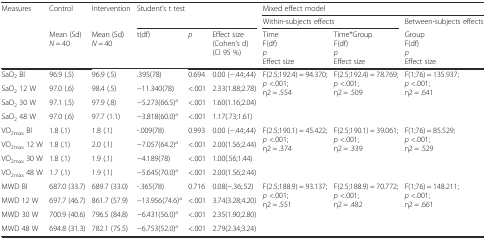
<table><thead><tr><td rowspan="3"><b>Measures</b></td><td rowspan="2"><b>Control</b></td><td rowspan="2"><b>Intervention</b></td><td rowspan="2" colspan="3"><b>Student’s t test</b></td><td colspan="3"><b>Mixed effect model</b></td></tr><tr><td colspan="2"><b>Within-subjects effects</b></td><td><b>Between-subjects effects</b></td></tr><tr><td><b>Mean (Sd) <i>N</i> = 40</b></td><td><b>Mean (Sd)<i>N</i> = 40</b></td><td><b>t(df)</b></td><td><b><i>p</i></b></td><td><b>Effect size(Cohen’s d)(CI 95 %)</b></td><td><b>TimeF(df)<i>p</i>Effect size</b></td><td><b>Time*GroupF(df)<i>p</i>Effect size</b></td><td><b>GroupF(df)<i>p</i>Effect size</b></td></tr></thead><tbody><tr><td>SaO<sub>2</sub> Bl</td><td>96.9 (.5)</td><td>96.9 (.5)</td><td>.395(78)</td><td>0.694</td><td>0.00 (−.44;.44)</td><td rowspan="4">F(2.5;192.4) = 94.370;<i>p</i> &lt;.001;η2 = .554</td><td rowspan="4">F(2.5;192.4) = 78.769;<i>p</i> &lt;.001;η2 = .509</td><td rowspan="4">F(1;76) = 135.937;<i>p</i> &lt;.001;η2 = .641</td></tr><tr><td>SaO<sub>2</sub> 12 W</td><td>97.0 (.6)</td><td>98.4 (.5)</td><td>−11.340(78)</td><td>&lt;.001</td><td>2.33(1.88;2.78)</td></tr><tr><td>SaO<sub>2</sub> 30 W</td><td>97.1 (.5)</td><td>97.9 (.8)</td><td>−5.273(66.5)<sup>a</sup></td><td>&lt;.001</td><td>1.60(1.16;2.04)</td></tr><tr><td>SaO<sub>2</sub> 48 W</td><td>97.0 (.6)</td><td>97.7 (1.1)</td><td>−3.818(60.0)<sup>a</sup></td><td>&lt;.001</td><td>1.17(.73;1.61)</td></tr><tr><td>VO<sub>2max</sub> Bl</td><td>1.8 (.1)</td><td>1.8 (.1)</td><td>-.009(78)</td><td>0.993</td><td>0.00 (−.44;.44)</td><td rowspan="4">F(2.5;190.1) = 45.422;<i>p</i> &lt;.001;η2 = .374</td><td rowspan="4">F(2.5;190.1) = 39.061;<i>p</i> &lt;.001;η2 = .339</td><td rowspan="4">F(1;76) = 85.529;<i>p</i> &lt;.001;η2 = .529</td></tr><tr><td>VO<sub>2max</sub> 12 W</td><td>1.8 (.1)</td><td>2.0 (.1)</td><td>−7.057(64.2)<sup>a</sup></td><td>&lt;.001</td><td>2.00(1.56;2.44)</td></tr><tr><td>VO<sub>2max</sub> 30 W</td><td>1.8 (.1)</td><td>1.9 (.1)</td><td>−4.189(78)</td><td>&lt;.001</td><td>1.00(.56;1.44)</td></tr><tr><td>VO<sub>2max</sub> 48 W</td><td>1.7 (.1)</td><td>1.9 (.1)</td><td>−5.645(70.0)<sup>a</sup></td><td>&lt;.001</td><td>2.00(1.56;2.44)</td></tr><tr><td>MWD Bl</td><td>687.0 (33.7)</td><td>689.7 (33.0)</td><td>-.365(78)</td><td>0.716</td><td>0.08(−.36;.52)</td><td rowspan="4">F(2.5;188.9) = 93.137;<i>p</i> &lt;.001;η2 = .551</td><td rowspan="4">F(2.5;188.9) = 70.772;<i>p</i> &lt;.001;η2 = .482</td><td rowspan="4">F(1;76) = 148.211;<i>p</i> &lt;.001;η2 = .661</td></tr><tr><td>MWD 12 W</td><td>697.7 (46.7)</td><td>861.7 (57.9)</td><td>−13.956(74.6)<sup>a</sup></td><td>&lt;.001</td><td>3.74(3.28;4.20)</td></tr><tr><td>MWD 30 W</td><td>700.9 (40.6)</td><td>796.5 (84.8)</td><td>−6.431(56.0)<sup>a</sup></td><td>&lt;.001</td><td>2.35(1.90;2.80)</td></tr><tr><td>MWD 48 W</td><td>694.8 (31.3)</td><td>782.1 (75.5)</td><td>−6.753(52.0)<sup>a</sup></td><td>&lt;.001</td><td>2.79(2.34;3.24)</td></tr></tbody></table>